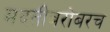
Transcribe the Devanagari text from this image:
मदतीबरोबरच